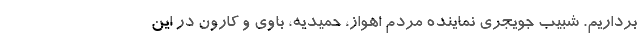
برداریم. شبیب جویجری نماینده مردم اهواز، حمیدیه، باوی و کارون در این